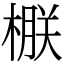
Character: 㮳